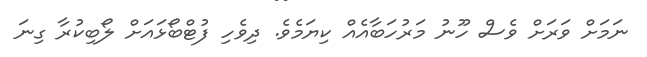
ނަމަށް ވަރަށް ވެސް ހޫނު މަރުހަބާއެއް ކިޔަމެވެ. ދިވެހި ފުޓްބޯޅައަށް ލޯބިކުރާ ގިނަ